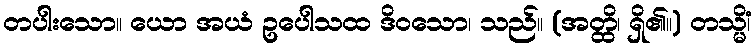
တပါးသော။ ယော အယံ ဥပေါသထ ဒိဝသော၊ သည်။ (အတ္ထိ၊ ရှိ၏။) တသ္မိံ၊